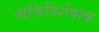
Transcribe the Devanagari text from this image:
व्यक्तिविशेषांक